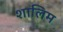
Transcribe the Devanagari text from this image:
शालिम